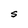
Character: S